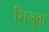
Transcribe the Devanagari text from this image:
सिलुक